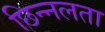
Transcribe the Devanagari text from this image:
छिन्नलता